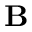
\textbf { B }